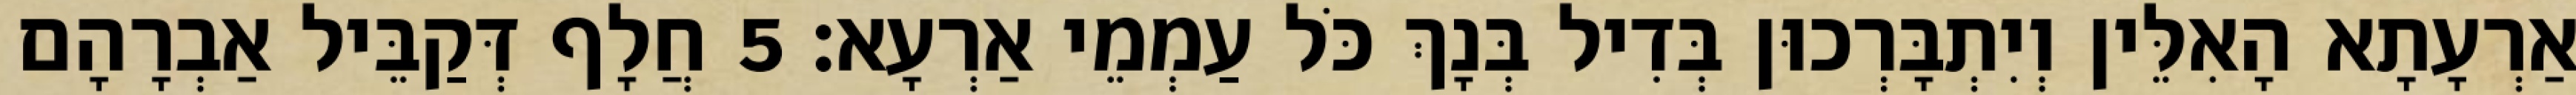
אַרְעָתָא הָאִלֵּין וְיִתְבָּרְכוּן בְּדִיל בְּנָךְ כֹּל עַמְמֵי אַרְעָא׃ 5 חֲלָף דְּקַבֵּיל אַבְרָהָם